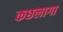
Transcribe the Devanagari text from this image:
कछलागा